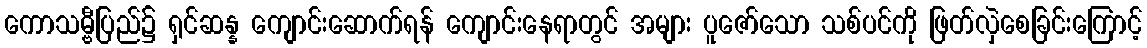
ကောသမ္ဗီပြည်၌ ရှင်ဆန္န ကျောင်းဆောက်ရန် ကျောင်းနေရာတွင် အများ ပူဇော်သော သစ်ပင်ကို ဖြတ်လှဲစေခြင်းကြောင့်